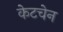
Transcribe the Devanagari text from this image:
केटचेन